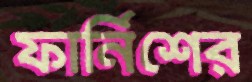
ফার্নিশের